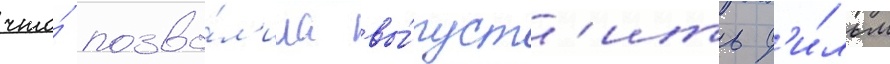
что́ позво́л'ило вы́пуст'ить ф'и́льм